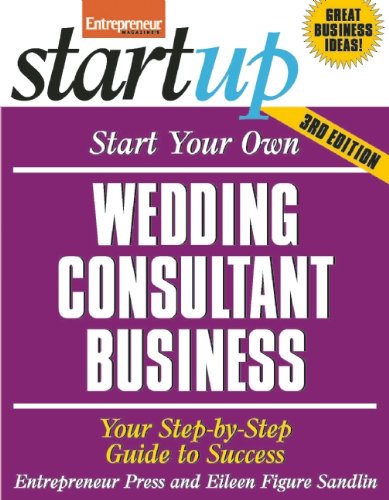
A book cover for Start Your Own Wedding Consultant Business: Your Step-By-Step Guide to Success (StartUp Series); Entrepreneur Press; Business & Money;